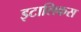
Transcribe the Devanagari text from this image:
इटालिकस